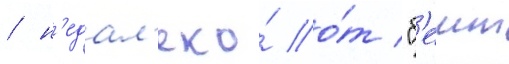
/ н'едал'еко́ о́т "б'еит